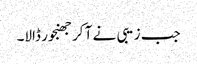
جب زیبی نے آ کر جھنجور ڈالا۔